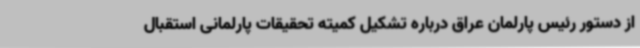
از دستور رئیس پارلمان عراق درباره تشکیل کمیته تحقیقات پارلمانی استقبال